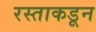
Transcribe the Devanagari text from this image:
रस्ताकडून